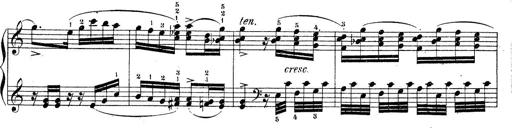
Title: Piano Sonatine No.2
Composer: Peter Piel
Key: G major